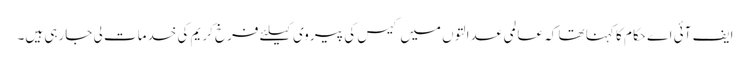
ایف آئی اے حکام کا کہنا تھا کہ عالمی عدالتوں میں کیس کی پیروی کیلئے فرخ کریم کی خدمات لی جارہی ہیں۔